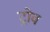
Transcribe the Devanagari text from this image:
ट्रोव